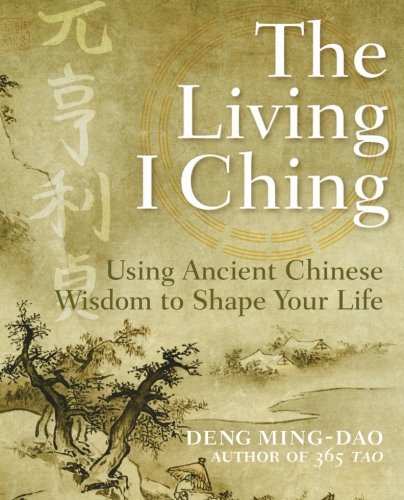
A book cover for The Living I Ching: Using Ancient Chinese Wisdom to Shape Your Life; Ming-Dao Deng; Religion & Spirituality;